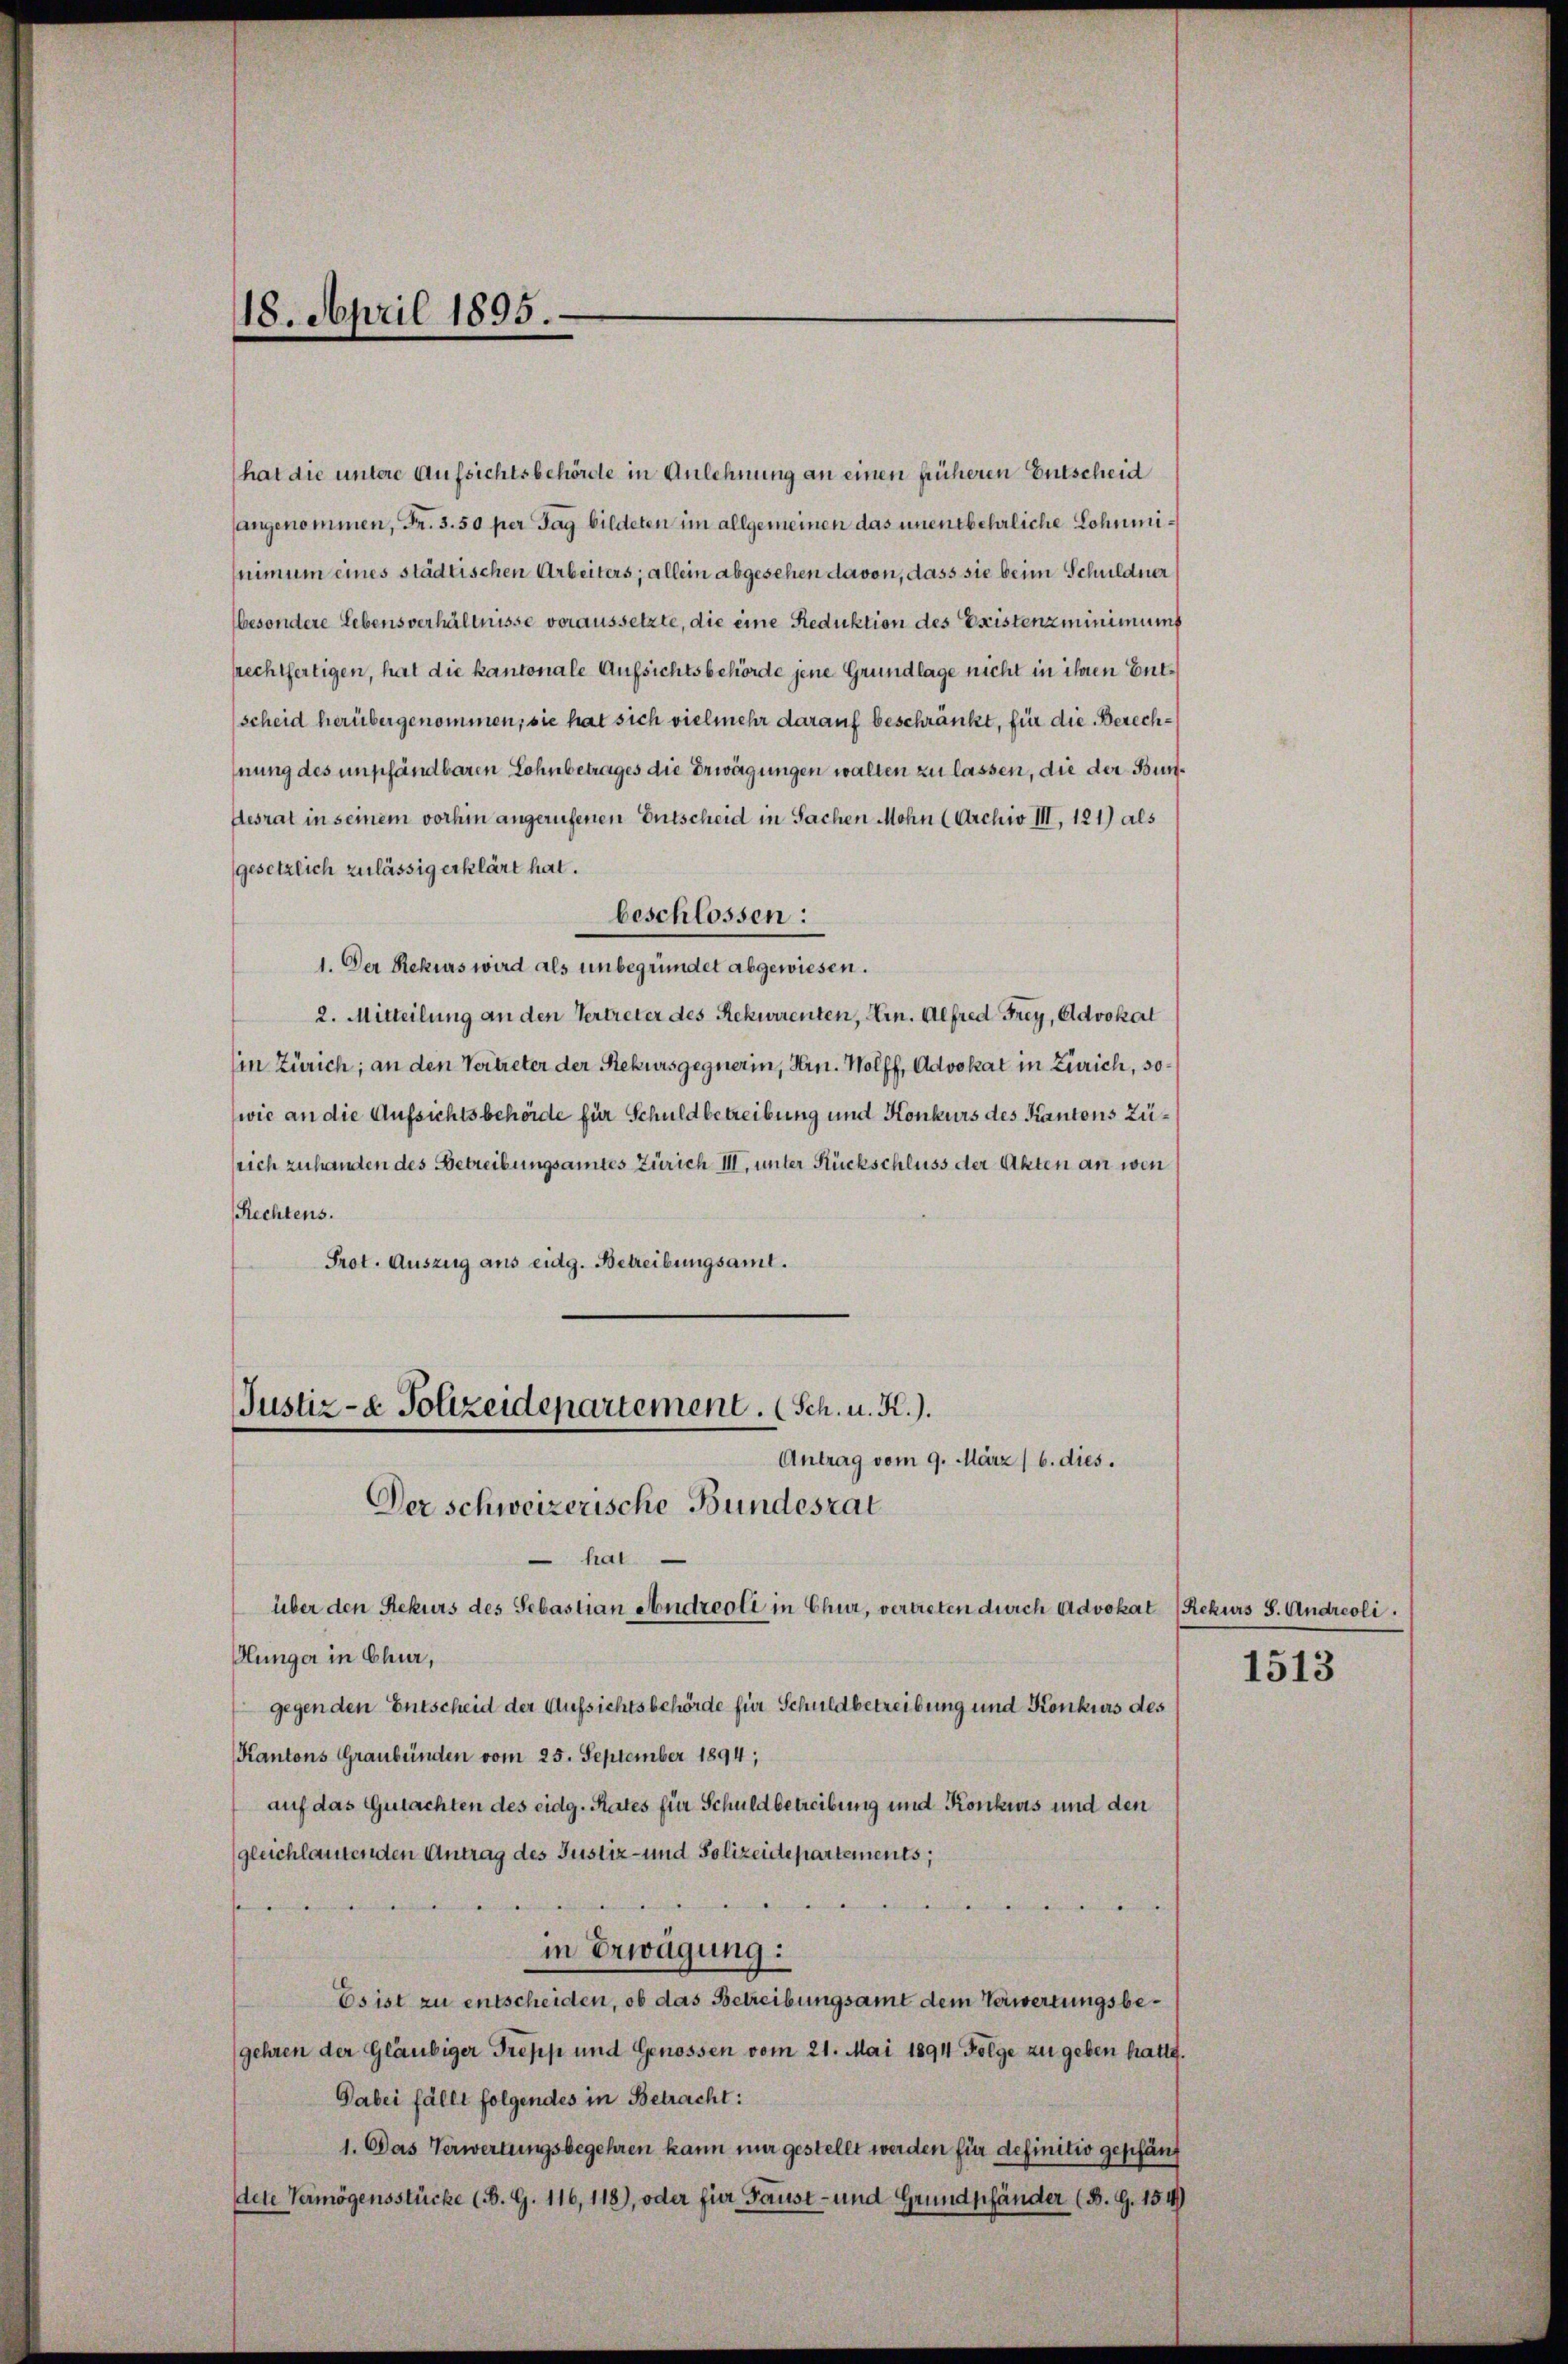
18. April 1895.

hat die untere Aufsichtsbehörde in Anlehnung an einen früheren Entscheid
sangenommen, Fr. 3. 50 per Tag bildeten im allgemeinen das unentbehrliche Lohnminimum eines städtischen Arbeiters; allein abgesehen davon, dass sie beim Schuldner
besondere Lebensverhältnisse voraussetzte, die eine Reduktion des Existenzminimung
srechtfertigen, hat die kantonale Aufsichtsbehörde jene Grundlage nicht in ihren Entscheid herübergenommen, sie hat sich vielmehr darauf beschränkt, für die Berechnung des empfändbaren Lohnbetrages die Erwägungen walten zu lassen, die der Bunfesrat in seinem vorhin angerufenen Entscheid in Sachen Mohn (Archiv III, 121) als
gesetzlich zulässig erklärt hat.
beschlossen:
1. Der Rekurs wird als unbegründet abgewiesen.
2. Mitteilung an den Vertreter des Rekurrenten, Hrn. Alfred Frey, Advokat
(in Zürich; an den Vertreter der Rekursgegnerin, Hrn. Wolff, Advokat in Zürich, sowie an die Aufsichtsbehörde für Schuldbetreibung und Konkurs des Kantons Züsich zuhanden des Betreibungsamtes Zürich III. unter Rückschluss der Akten an wen
Rechtens.
Prot. Auszug aus eidg. Betreibungsamt.
Justiz- & Polizeidepartement. (Sch. u. K.).
Antrag vom 9. März / b. dies.
Der schweizerische Bundesrat
hat
über den Rekurs des Sebastian Andreoli in Chur, vertreten durch Advokat (Rekurs S. Andreoli
Hunger in Chur,
gegen den Entscheid der Aufsichtsbehörde für Schuldbetreibung und Konkurs des
Kantons Graubünden vom 25. September 1894;
auf das Gutachten des eidg. Rates für Schuldbetreibung und Konkurs und den
gleichlautenden Antrag des Justiz- und Polizeidepartements;
n
e
in Erwägung:
Es ist zu entscheiden, ob das Betreibungsamt dem Verwertungsbegehren der Gläubiger Trepp und Genossen vom 21. Mai 1894 Folge zu geben hatte.
Dabei fällt folgendes in Betracht:
1. Das Verwertungsbegehren kann nur gestellt werden für definitiv geschänf
dete Vermögensstücke (B. G. 116, 118), oder für Faust- und Grundpfänder (B. G. 154)

1513